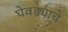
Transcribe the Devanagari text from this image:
घेवड्याचे